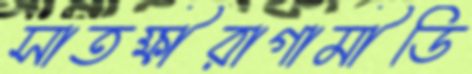
সাতক্ষীরাগামীডি